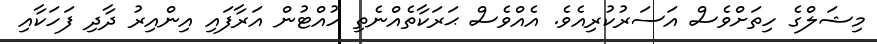
މިޝަލްގެ ހިތަށްވެސް އަސަރުކުރިއެވެ. އެއްވެސް ޙަރަކާތެއްނެތި ހުއްޓުން އަރާފައި އިންއިރު ދާދި ފަހަކާއި